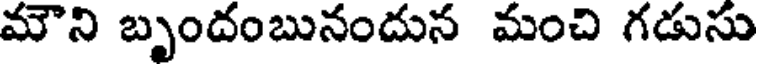
మౌని బృందంబునందున మంచి గడుసు